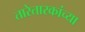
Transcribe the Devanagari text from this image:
तारेतारकांच्या